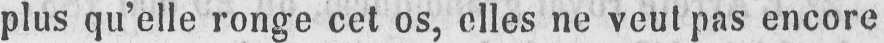
plus qu’elle ronge cet os, elles ne veut pas encore